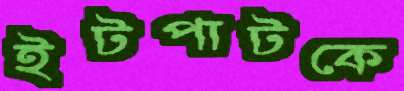
ইটপাটকে